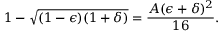
1 - \sqrt { ( 1 - \epsilon ) ( 1 + \delta ) } = \frac { A ( \epsilon + \delta ) ^ { 2 } } { 1 6 } .